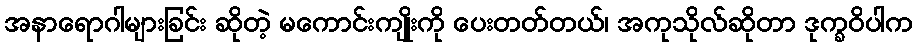
အနာရောဂါများခြင်း ဆိုတဲ့ မကောင်းကျိုးကို ပေးတတ်တယ်၊ အကုသိုလ်ဆိုတာ ဒုက္ခဝိပါက